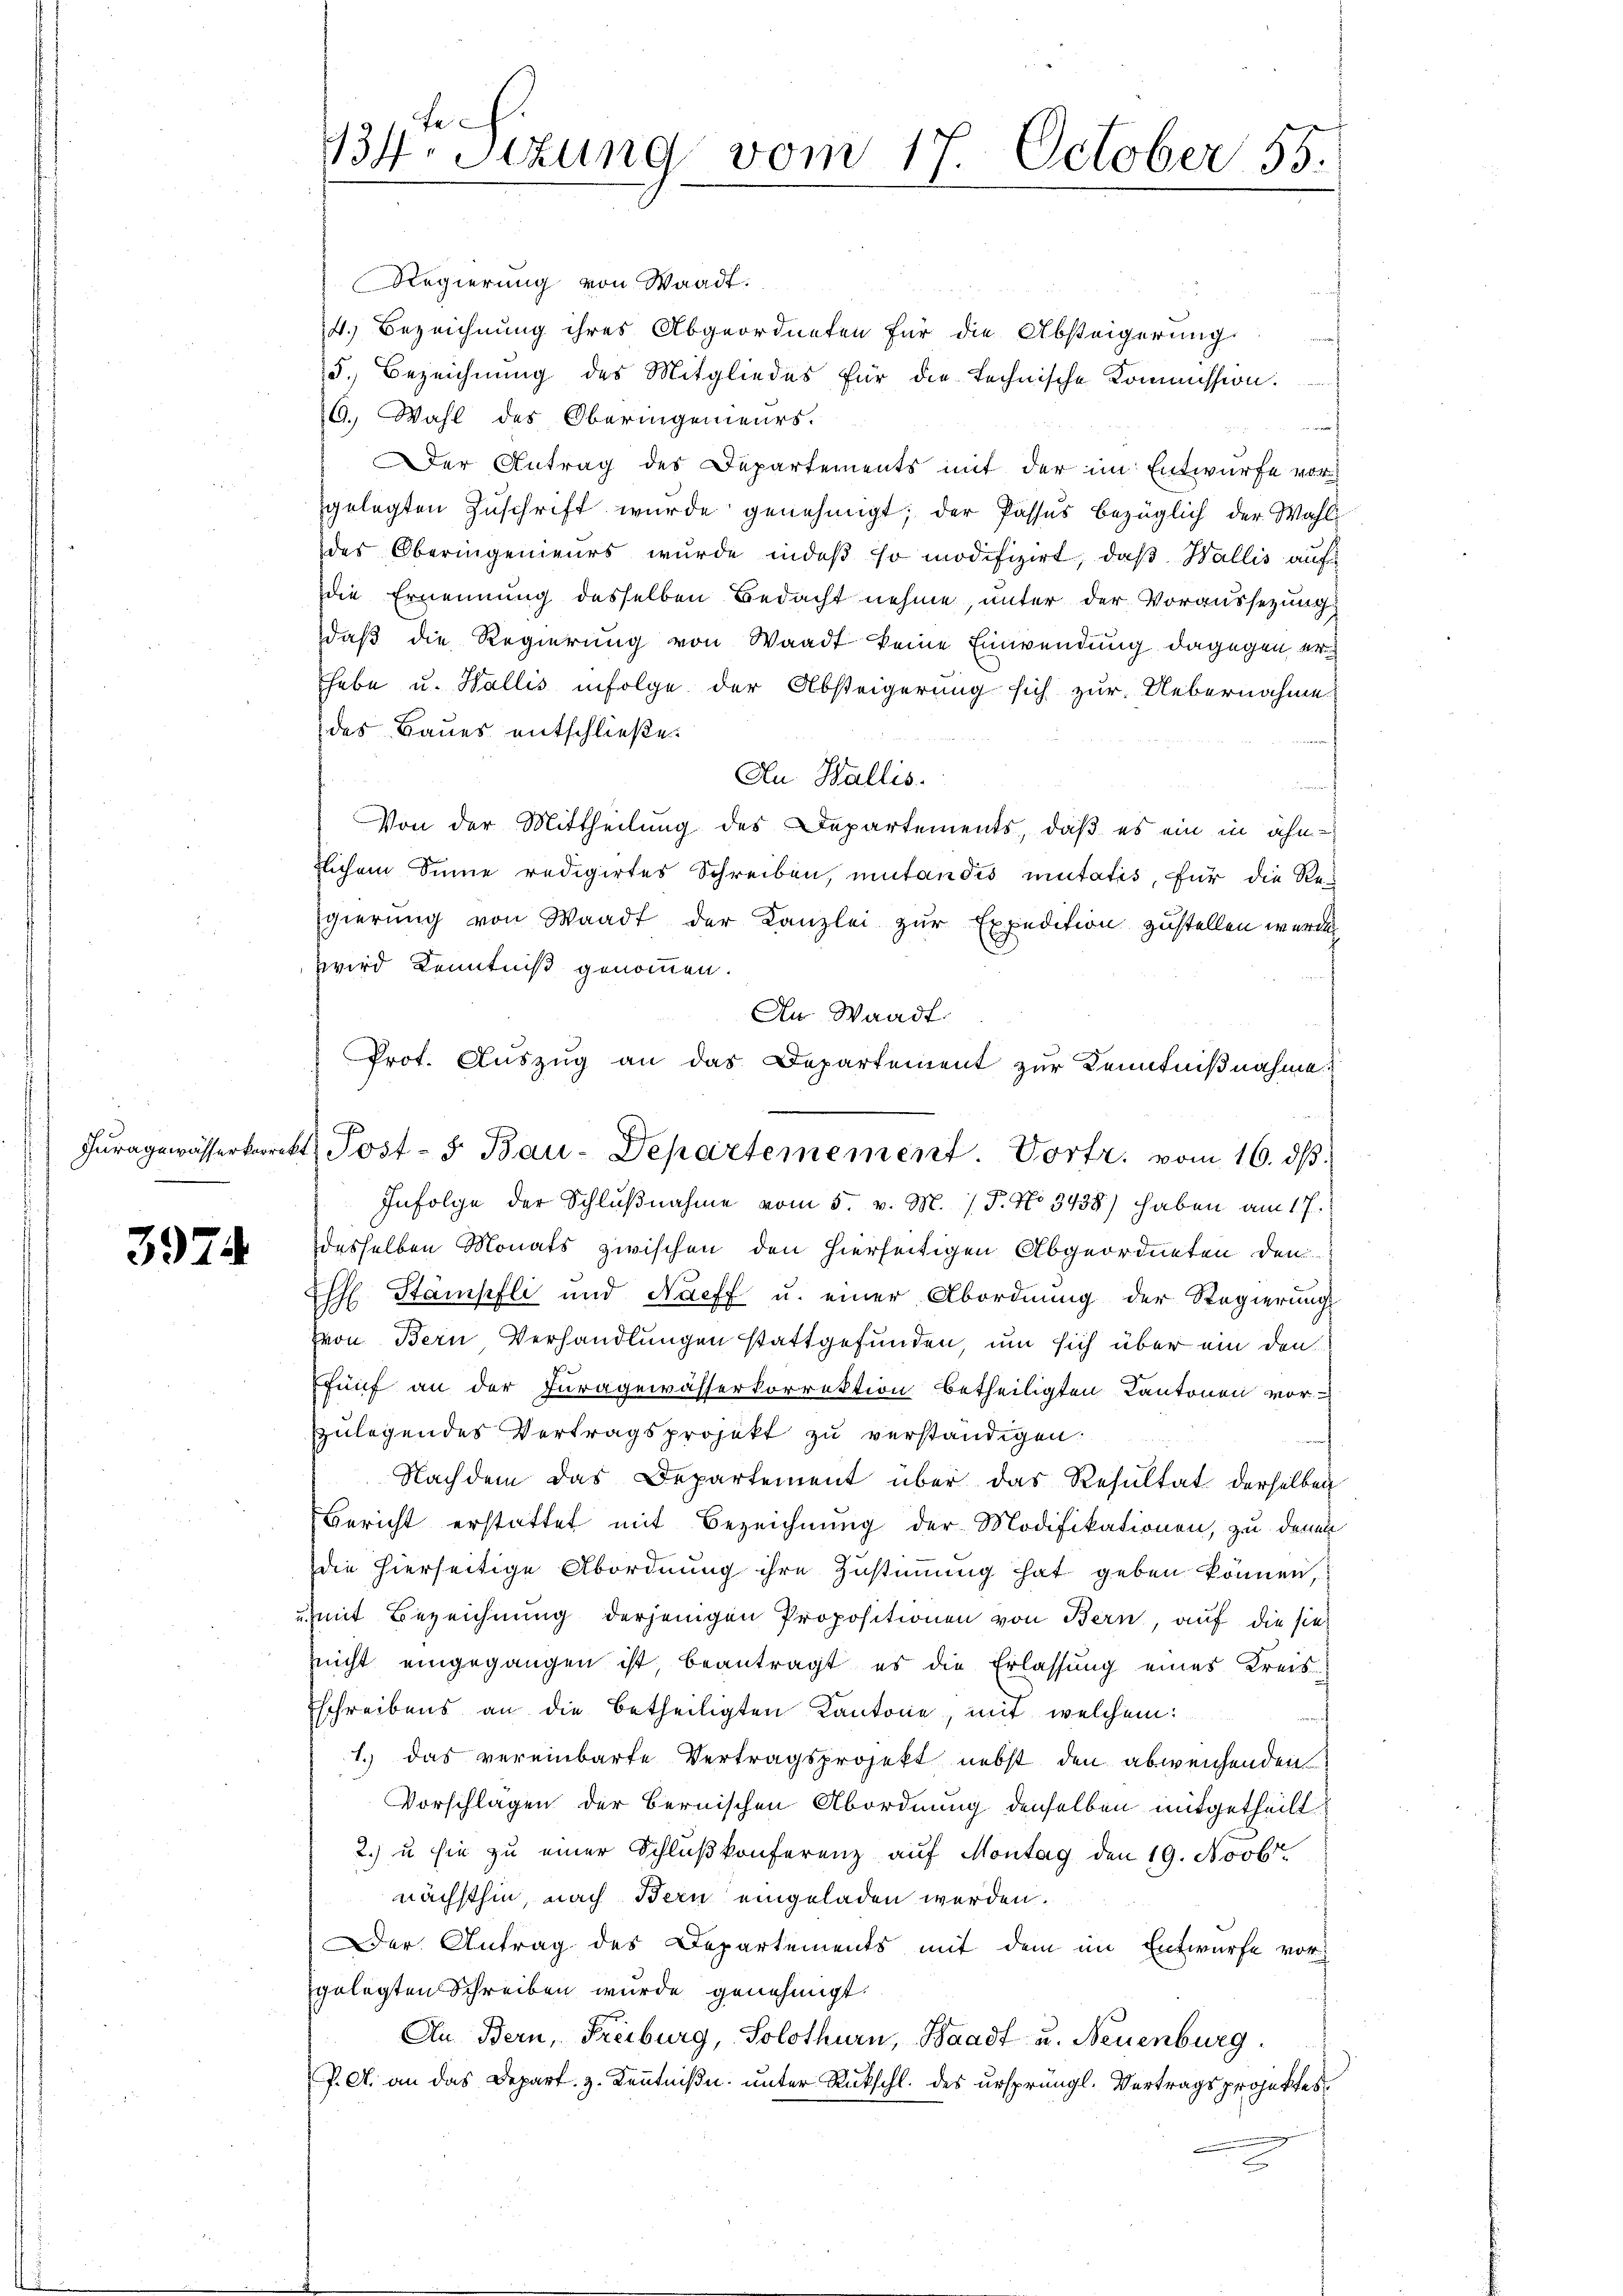
3974

Fe
134. Sitzung vom 17. October 55.

Regierung von Waadt.
14.) Bezeichnung ihres Abgeordneten für die Absteigerung
5.) Bezeichnung des Mitgliedes für die technische Kommission.
6. Wahl des Oberingenieurs.
u
er Antrag des Departements mit der im Entwurfe vor
gelegten Zŭschrift wurde genehmigt; der Passus bezüglich der Wahl
des Oberingenieurs wurde indeß so modifizirt, daß Wallis auf
die Ernennung desselben Bedacht nehme, unter der Voraussetzung
daß die Regierung von Waadt keine Einwendung dagegen erhabe u. Wallis infolge der Absteigerung sich zur Uebernahme
des Baues entschließe.
Au Wallis.
Von der Mittheilung des Departements, daß es ein in ähn-
zlichem Sinne redigirtes Schreiben, mutandis mutatis, für die Regierung von Waadt der Kanzlei zur Expedition zustellen würden
zwird Kenntniß genommen.
An Waadt
Prot. Auszug an das Departement zur Kenntniβnahme
 22
Infolge der Schlŭβnahme vom 5. v. M. / P. No 3438) haben am 17.
desselben Monats zwischen den hierseitigen Abgeordneten den
E Stämpfli und Nacff u. einer Abordnung der Regierung
(von Bern Verhandlungen stattgefunden, um sich über ein den
fünf an der Juragewässerkorrektion betheiligten Kantonen vor
zulegendes Vertragsprojekt zu verständigen:
Nachdem das Departement über das Resultat derselben
Bericht erstattet mit Bezeichnung der Modifikationen, zu denen
die hierseitige Abordnung ihre Zustimmung hat geben können,
umit Bezeichnung derjenigen Propositionen von Bern, auf die sie
nicht eingegangen ist, beantragt, es die Erlassung eines Kreis¬
Eschreibens an die betheiligten Kantone, mit welchem
1.) das vereinbarte Vertragsprojekt nebst den abweichenden
Vorschlagen der Bernischen Abordnung denselben mitgetheilt
2.) u sie zu einer Schlŭβkonferenz auf Montag den 19. Novbr.
nächsthin, nach Bern eingeladen werden.
Der Antrag des Departements mit dem im Entwurfe vor
gelegten Schreiben wurde genehmigt.
An Bern, Freiburg, Solothurn, Waadt u. Neuenburg.
P. A. an das Depart. 3. Kenntniße unter Rückschl. des ursprüngl. Vertragsprojektes

Tŭragewässerkorrekt Post- 5. Bau-Departemement. Vortr. vom 16. dβ.